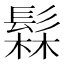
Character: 𬴫